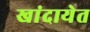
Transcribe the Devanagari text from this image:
खांदायेत